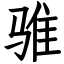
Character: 骓